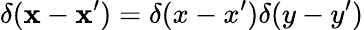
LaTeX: \delta(\mathbf{x}-\mathbf{x}^{\prime})=\delta(x-x^{\prime})\delta(y-y^{\prime})